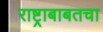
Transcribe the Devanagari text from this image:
राष्ट्राबाबतचा